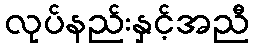
လုပ်နည်းနှင့်အညီ